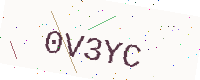
Text: 0V3YC